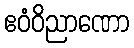
ဧဝံဝိညာဏော